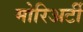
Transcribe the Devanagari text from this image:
मोरिअर्टी